Leaving Certificate Examination, 1925
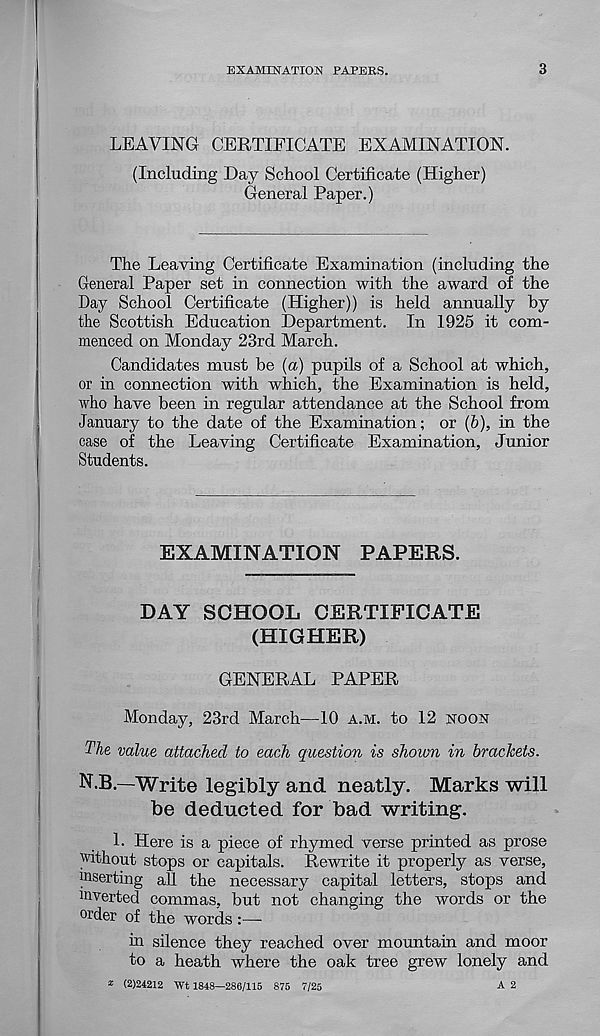
EXAMINATION PAPERS.
3
LEAVING CERTIFICATE EXAMINATION.
(Including Day School Certificate (Higher)
General Paper.)
The Leaving Certificate Examination (including the
General Paper set in connection with the award of the
Day School Certificate (Higher)) is held annually by
the Scottish Education Department. In 1925 it com-
menced on Monday 23rd March.
Candidates must be (a) pupils of a School at which,
or in connection with which, the Examination is held,
who have been in regular attendance at the School from
January to the date of the Examination; or (b), in the
case of the Leaving Certificate Examination, Junior
Students.
EXAMINATION PAPERS.
DAY SCHOOL CERTIFICATE
(HIGHER)
GENERAL PAPER
Monday, 23rd March—10 A.M. to 12 NOON
The value attached to each question is shown in brackets.
N.B.—Write legibly and neatly. Marks will
be deducted for bad writing.
L Here is a piece of rhymed verse printed as prose
without stops or capitals. Rewrite it properly as verse,
inserting all the necessary capital letters, stops and
inverted commas, but not changing the words or the
order of the words :—
in silence they reached over mountain and moor
to a heath where the oak tree grew lonely and
* (2)24212 Wt 1848—286/115 875 7/25
A 2